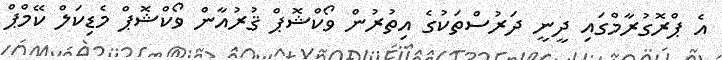
އެ ޕްރޮގުރާމްގައި ދީނީ ދަރުސްތަކުގެ އިތުރުން ވޯކްޝޮޕް ޤުރުއާން ވޯކްޝޮޕް މެޑިކަލް ކޭމްޕް